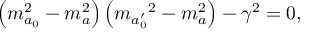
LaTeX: \left( m _ { a _ { 0 } } ^ { 2 } - m _ { a } ^ { 2 } \right) \left( { m _ { a _ { 0 } ^ { \prime } } } ^ { 2 } - m _ { a } ^ { 2 } \right) - { \gamma } ^ { 2 } = 0 ,